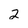
Character: 2